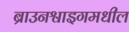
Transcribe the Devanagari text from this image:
ब्राउनश्वाइगमधील